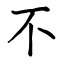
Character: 不